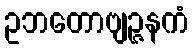
ဥဘတောဗျဉ္ဇနကံ